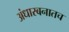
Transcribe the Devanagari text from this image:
अंधारबनातच